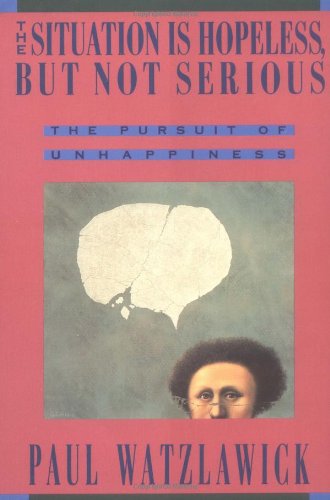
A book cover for The Situation Is Hopeless But Not Serious (The Pursuit of Unhappiness); Paul Watzlawick; Humor & Entertainment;